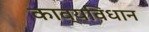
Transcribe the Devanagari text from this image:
काव्यविधान